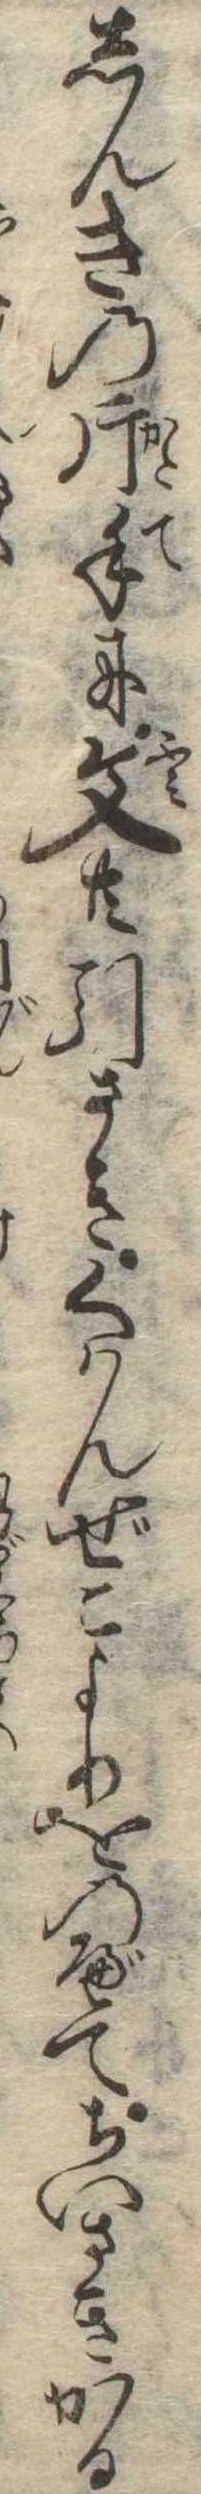
しんきの片手に文共引さきくはんぜこよりをのべてちいさきかる